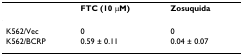
|  | FTC (10 μM) | Zosuquida |
 | --- | --- | --- |
 | K562/Vec | 0 | 0 |
 | K562/BCRP | 0.59 ± 0.11 | 0.04 ± 0.07 |